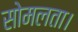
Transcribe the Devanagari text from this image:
सोमलता।